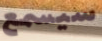
سيسمع